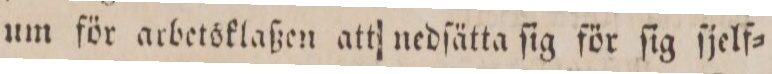
um för arbetsklaßen att nedſätta ſig för ſig ſjelf=